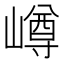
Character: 嶟